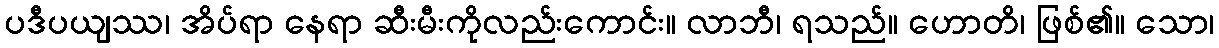
ပဒီပယျဿ၊ အိပ်ရာ နေရာ ဆီးမီးကိုလည်းကောင်း။ လာဘီ၊ ရသည်။ ဟောတိ၊ ဖြစ်၏။ သော၊